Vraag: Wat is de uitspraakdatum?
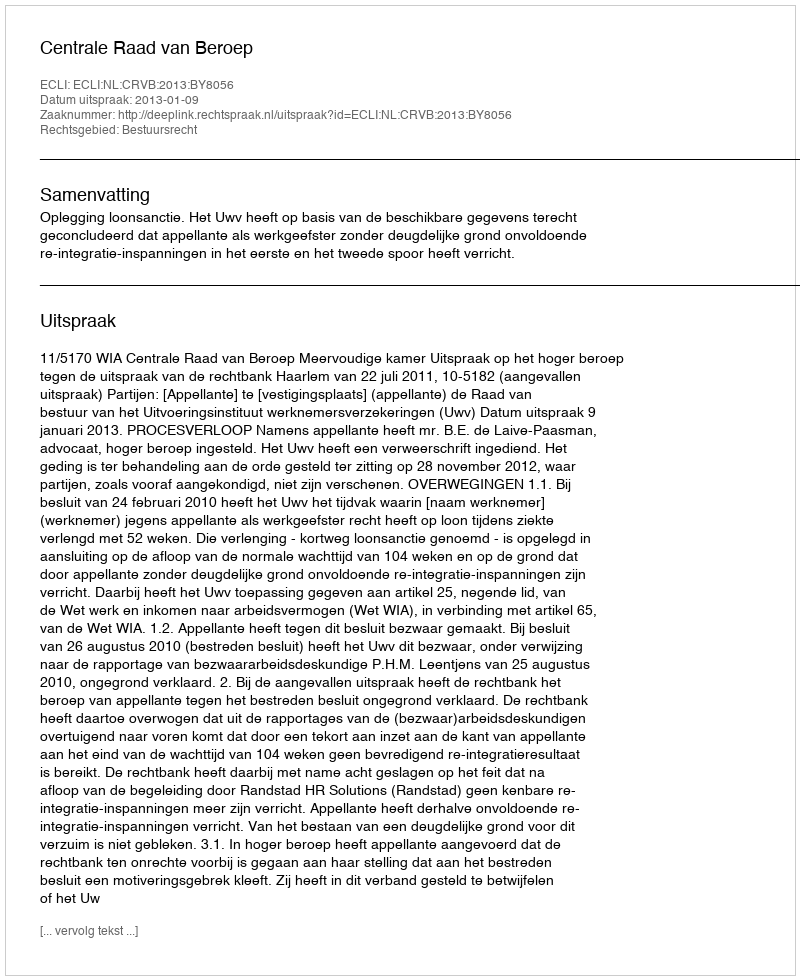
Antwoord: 2013-01-09